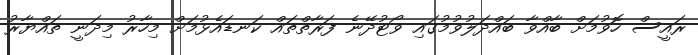
ރައީސް ހޮވުމަށް ބާއްވާ ބައްދަލުވުމުގައި ވޯޓުދޭނެ ފަރާތްތައް ކަނޑައެޅުމަށް މިހާރު މިދަނީ ތައްޔާރު